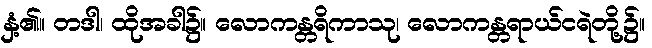
နှံ့၏။ တဒါ၊ ထိုအခါ၌။ လောကန္တရိကာသု၊ လောကန္တရာယ်ငရဲတို့၌။